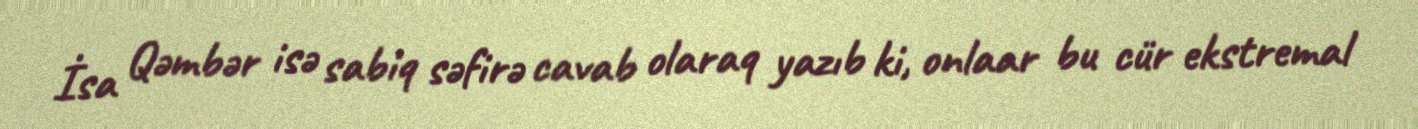
İsa Qəmbər isə sabiq səfirə cavab olaraq yazıb ki, onlaar bu cür ekstremal